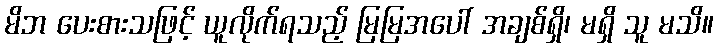
မိဘ ပေးစားသဖြင့် ယူလိုက်ရသည့် မြမြအပေါ် အချစ်ရှိ၊ မရှိ သူ မသိ။